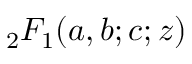
\, _ { 2 } F _ { 1 } ( a , b ; c ; z )